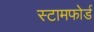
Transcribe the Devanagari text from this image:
स्टामफोर्ड